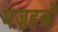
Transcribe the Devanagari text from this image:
मज़हबों